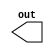
`timescale 1ns / 1ps

module ringoscillator(out);

output out;

(* KEEP = "TRUE" *)(* S = "TRUE" *) wire connector;
(* KEEP = "TRUE" *)(* S = "TRUE" *) wire [36:0] w;

not inputGate(w[0], connector);

// generate inverters
genvar i;

generate
	for(i = 0; i < 35; i = i + 1) 
	begin : GATELOOP
		not gate(w[i+1], w[i]);
		if(i+1 == 35)
			not endGate(connector, w[i+1]);	
	end	
endgenerate

/*
invertergate inputGate(.in(connector),  .out(w[0]));

nandgate inv1(.i1(stop),    .i2(w[0]),  .out(w[1]));
invertergate inv2(			.in(w[1]),  .out(w[2]));
nandgate inv3(.i1(stop),    .i2(w[2]),  .out(w[3]));
invertergate inv4(			.in(w[3]),  .out(w[4]));
nandgate inv5(.i1(stop),    .i2(w[4]),  .out(w[5]));
invertergate inv6(			.in(w[5]),  .out(w[6]));
nandgate inv7(.i1(stop), 	.i2(w[6]),  .out(w[7]));
invertergate inv8(			.in(w[7]),  .out(w[8]));
nandgate inv9(.i1(stop),    .i2(w[8]),  .out(w[9]));
invertergate inv10(			.in(w[9]),  .out(w[10]));
nandgate inv11(.i1(stop), 	.i2(w[10]), .out(w[11]));
invertergate inv12(			.in(w[11]), .out(w[12]));
nandgate inv13(.i1(stop),   .i2(w[12]), .out(w[13]));
invertergate inv14(			.in(w[13]), .out(w[14]));
nandgate inv15(.i1(stop), 	.i2(w[14]), .out(w[15]));
invertergate inv16(			.in(w[15]), .out(w[16]));
nandgate inv17(.i1(stop), 	.i2(w[16]), .out(w[17]));
invertergate inv18(			.in(w[17]), .out(w[18]));
nandgate inv19(.i1(stop), 	.i2(w[18]), .out(w[19]));
invertergate inv20(			.in(w[19]), .out(w[20]));
nandgate inv21(.i1(stop), 	.i2(w[20]), .out(w[21]));
invertergate inv22(			.in(w[21]), .out(w[22]));
nandgate inv23(.i1(stop), 	.i2(w[22]), .out(w[23]));
invertergate inv24(			.in(w[23]), .out(w[24]));
nandgate inv25(.i1(stop), 	.i2(w[24]), .out(w[25]));
invertergate inv26(			.in(w[25]), .out(w[26]));
nandgate inv27(.i1(stop), 	.i2(w[26]), .out(w[27]));
invertergate inv28(			.in(w[27]), .out(w[28]));
nandgate inv29(.i1(stop), 	.i2(w[28]), .out(w[29]));
invertergate inv30(			.in(w[29]), .out(w[30]));
nandgate inv31(.i1(stop), 	.i2(w[30]), .out(w[31]));
invertergate inv32(			.in(w[31]), .out(w[32]));
nandgate inv33(.i1(stop), 	.i2(w[32]), .out(w[33]));
invertergate inv34(			.in(w[33]), .out(w[34]));
nandgate inv35(.i1(stop), 	.i2(w[34]), .out(w[35]));
invertergate inv36(			.in(w[35]), .out(w[36]));
nandgate inv37(.i1(stop), 	.i2(w[36]), .out(finalWire));

nandgate	finalGate(.i1(stop),	.i2(finalWire), .out(connector));
*/

assign out = connector;

endmodule